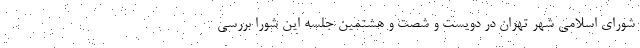
شورای اسلامی شهر تهران در دویست و شصت و هشتمین جلسه این شورا بررسی